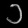
Digit: ၁